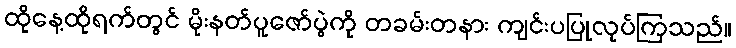
ထိုနေ့ထိုရက်တွင် မိုးနတ်ပူဇော်ပွဲကို တခမ်းတနား ကျင်းပပြုလုပ်ကြသည်။